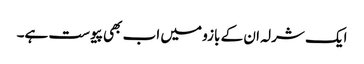
ایک شرلہ ان کے بازو میں اب بھی پیوست ہے۔